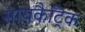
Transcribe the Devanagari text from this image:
सायकैट्रिक